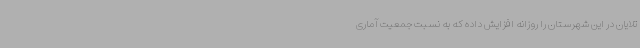
تلایان در این شهرستان را روزانه افزایش داده که به نسبت جمعیت آماری